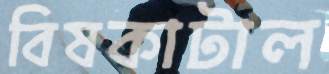
বিষকাটাল